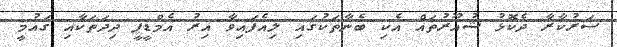
ސަރުކާރާ ދެކޮޅު ޝުއޫރުތައް އެކި ބެނާތަކުގައި ލިއެފައިވާ އިރު އެމްޑީޕީ ދިދަތަކާއި ގައުމީ